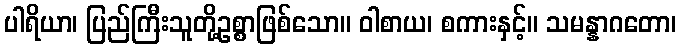
ပါရိယာ၊ ပြည်ကြီးသူတို့ဥစ္စာဖြစ်သော။ ဝါစာယ၊ စကားနှင့်။ သမန္နာဂတော၊